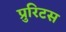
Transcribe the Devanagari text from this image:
प्रुरिटस